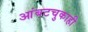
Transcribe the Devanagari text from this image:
आंबटचुकाही